Statistics compiled by the Government of India from the reports of provincial Civil Veterinary Departments
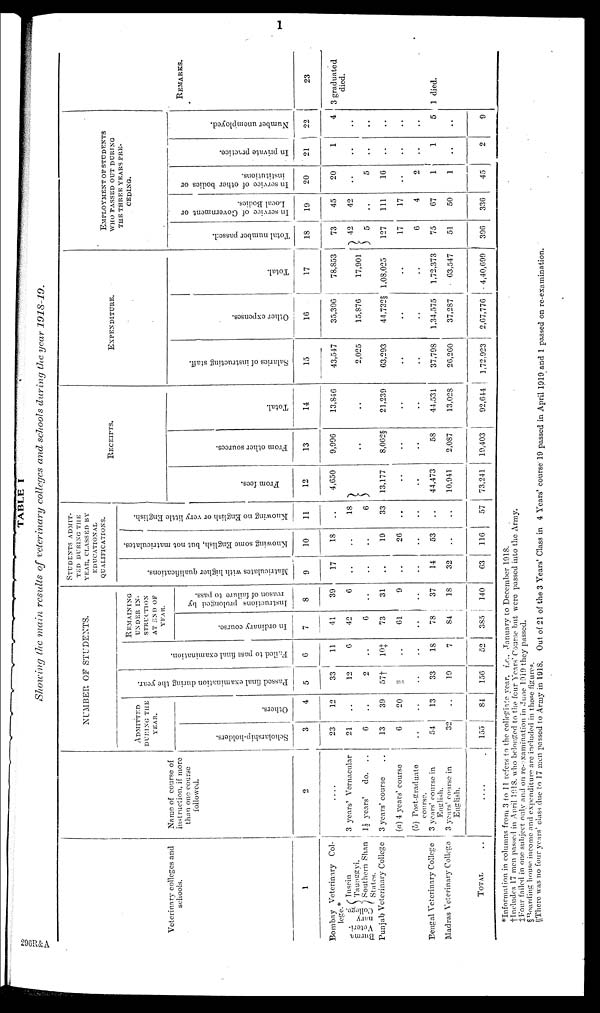
1
TABLE I
Showing the main results of veterinary colleges and schools during the year 1918-19.
Veterinary colleges and
schools.
1
Bombay Veterinary Col-
lege.
Burma
Veteri-
nary
College.
Insein
Taunggyi.
Southern Shan
States.
Punjab Veterinary College
Bengal Veterinary College
Madras Veterinary College
TOTAL ..
Name of course of
instruction, if more
than one course
followed.
2
....
3 years' Vernacular
1½ years'
do. ..
3 years' course ..
(a) 4 years' course
(b) Post-graduate
course.
3 years' course in
English.
3 years' course in
English.
....
NUMBER OF STUDENTS.
ADMITTED
DURING THE
YEAR.
Scholarship-holders.
3
23
21
6
13
6
..
54
32
155
Ot her s .
4
12
..
..
39
20
..
13
..
84
Passed final examination dur i
ng the year.
5
33
12
2
57†
||
..
33
19
156
Failed to pass final examination.
6
11
6
..
10‡
..
..
18
7
52
REMAINING
UNDER IN-
STRUCTION
AT END OF
YEAR.
In ordinary course.
7
41
42
6
73
61
..
78
84
385
Instructions prolonged by
reason of failure to pass.
8
39
6
..
31
9
..
37
18
140
STUDENTS
ADMIT-
TED DURING THE
YEAR, CLASSED BY
EDUCATIONAL
QUALIFICATIONS.
Matriculates with higher qualifications.
9
17
..
..
..
..
..
14
32
63
Knowing some English, but not matriculates.
10
18
..
..
19
26
..
53
..
116
Knowing no English or very little English.
11
..
18
6
33
..
..
..
..
57
RECEIPTS.
Fr om fees.
12
4,60
..
13,177
..
..
44,473
10,941
73,241
Fr om other sources.
13
9,996
..
8,062§
..
..
58
2,087
19,403
Total.
14
13,846
..
21,239
..
..
44,531
13,028
92,644
EXPENDITURE.
Sal ar i
es of instructing staff.
15
43,547
2,025
63,293
..
..
37,798
26,260
1,72,923
Ot her expenses.
16
35,306
15,876
44,732§
..
..
1,34,575
37,287
2,67,776
Total.
17
78,853
17,901
1,08,025
..
..
1,72,373
63,547
4,40,699
EMPLOYMENT
OF
STUDENTS
WHO PASSED OUT DURING
THE THREE YEARS PRE-
CEDING.
Total number passed.
18
73
42
5
127
17
6
75
51
396
In s e r v i c e of Go v e r
n me n t or
Local Bodies.
19
45
42
..
111
17
4
67
50
336
In s e r v i c e o f o t h e r b o d i e s or
i
ns t
i
t
ut i
ons .
20
20
..
5
16
..
2
1
1
45
In private practice.
21
1
..
..
..
..
..
1
..
2
Nu mb e r unemployed.
22
4
..
..
..
..
..
5
..
9
REMARKS.
23
3 graduated
died.
1 died.
*Information in columns from 3 to 11 refers to the collegiate year. i.e., January to December 1918.
†Includes 17 men passed in April 1918, who belonged to the four Years' Course but were passed into the Army.
‡Four failed in one subject only and on re-examination in June 1919 they passed.
§Roarding house income and expenditure are included in those figures.
||There was no four years' class due to 17 men passed to Army in 1918. Out of 21 of the 3 Years' Class in 4 Years' course 19 passed in April 1919 and 1 passed on re-examination.
296R&A